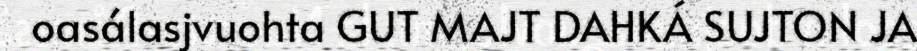
oasálasjvuohta GUT MAJT DAHKÁ SUJTON JA